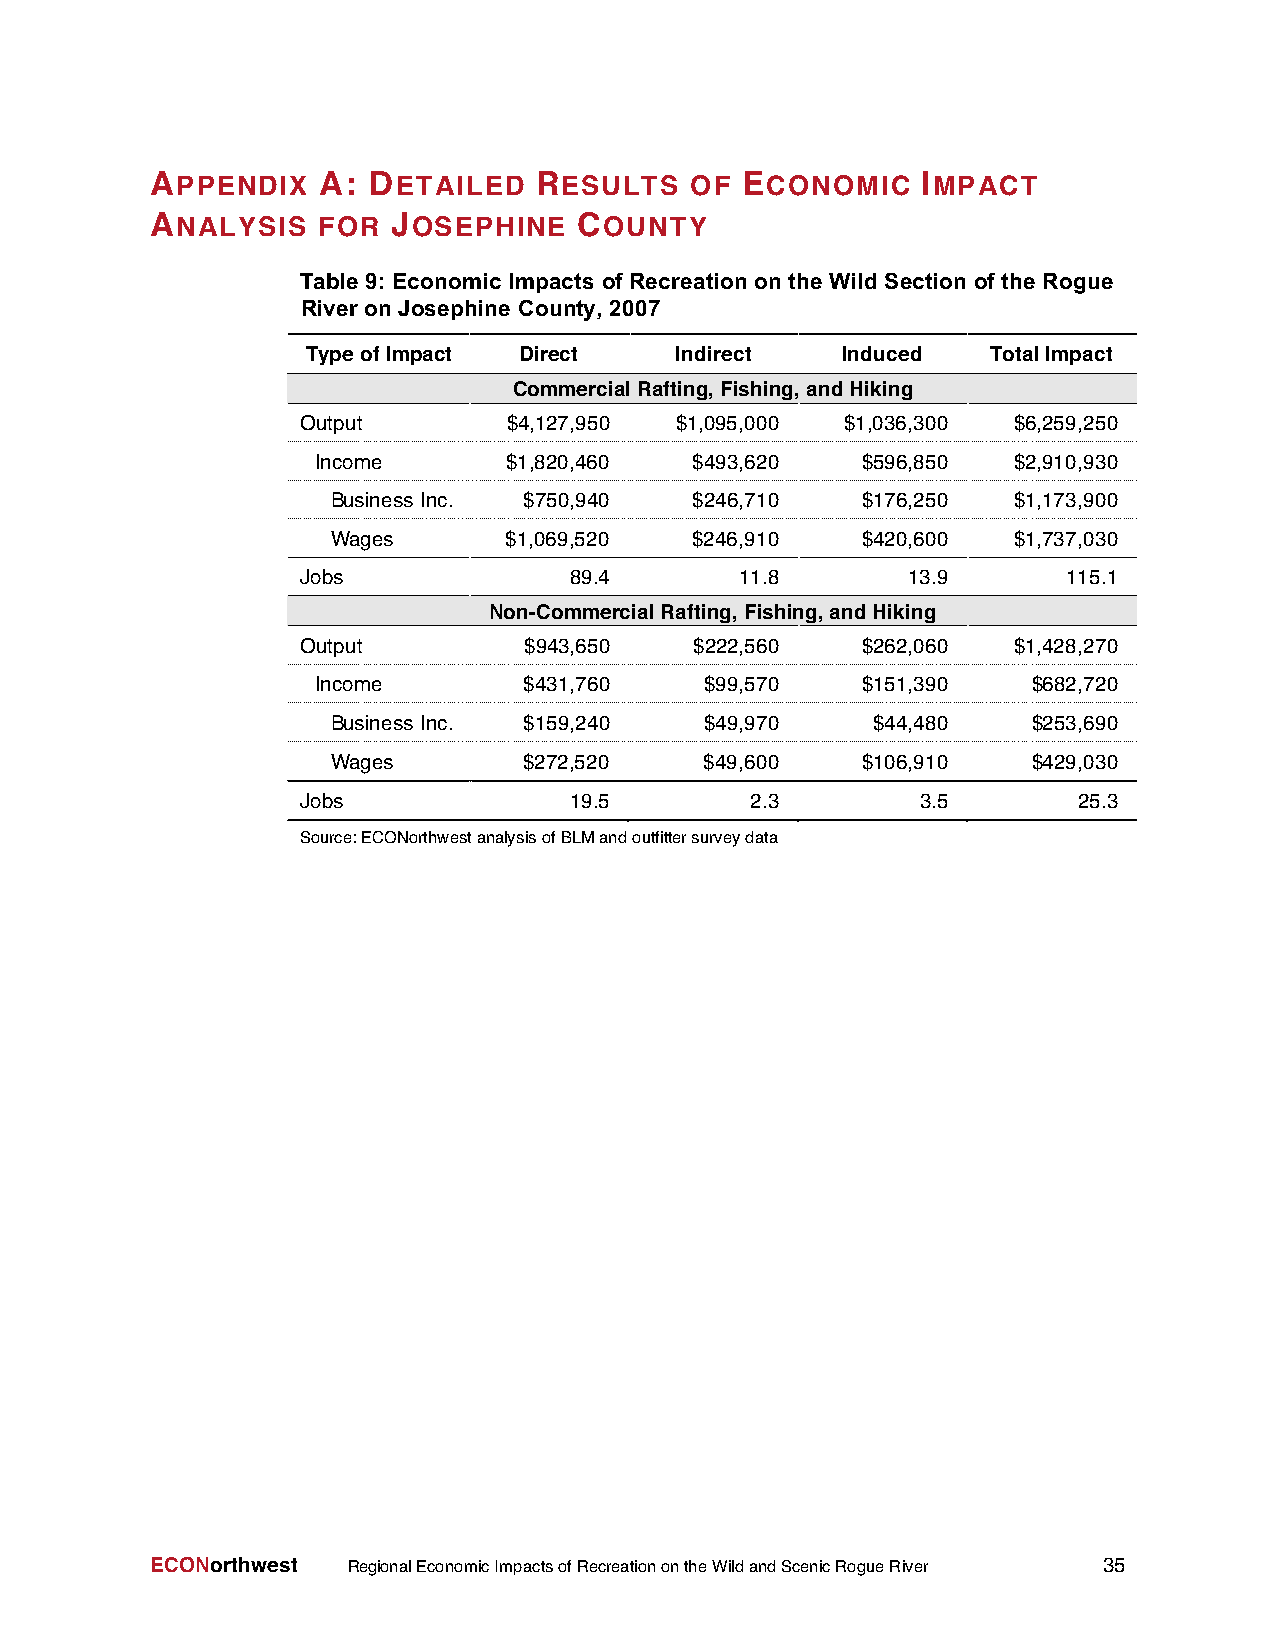
APPENDIX   A: DETAILED   RESULTS    OF ECONOMIC    IMPACT
 ANALYSIS   FOR  JOSEPHINE   COUNTY
 Table 9: Economic Impacts of Recreation on the Wild Section of the Rogue
 River on Josephine County, 2007
 TypeofImpact  Direct     Indirect   Induced   TotalImpact
 CommercialRafting, Fishing,andHiking
 Output        $4,127,950 $1,095,000 $1,036,300 $6,259,250
 Income       $1,820,460  $493,620   $596,850  $2,910,930
 Business Inc. $750,940  $246,710   $176,250  $1,173,900
 Wages       $1,069,520  $246,910   $420,600  $1,737,030
 Jobs              89.4       11.8       13.9       115.1
 Non-CommercialRafting,Fishing,andHiking
 Output         $943,650   $222,560   $262,060  $1,428,270
 Income        $431,760    $99,570   $151,390   $682,720
 Business Inc. $159,240   $49,970    $44,480   $253,690
 Wages        $272,520    $49,600   $106,910   $429,030
 Jobs              19.5        2.3        3.5       25.3
 Source:ECONorthwestanalysisofBLMandoutfittersurveydata
 ECONorthwest RegionalEconomicImpactsofRecreationontheWildandScenicRogueRiver 35